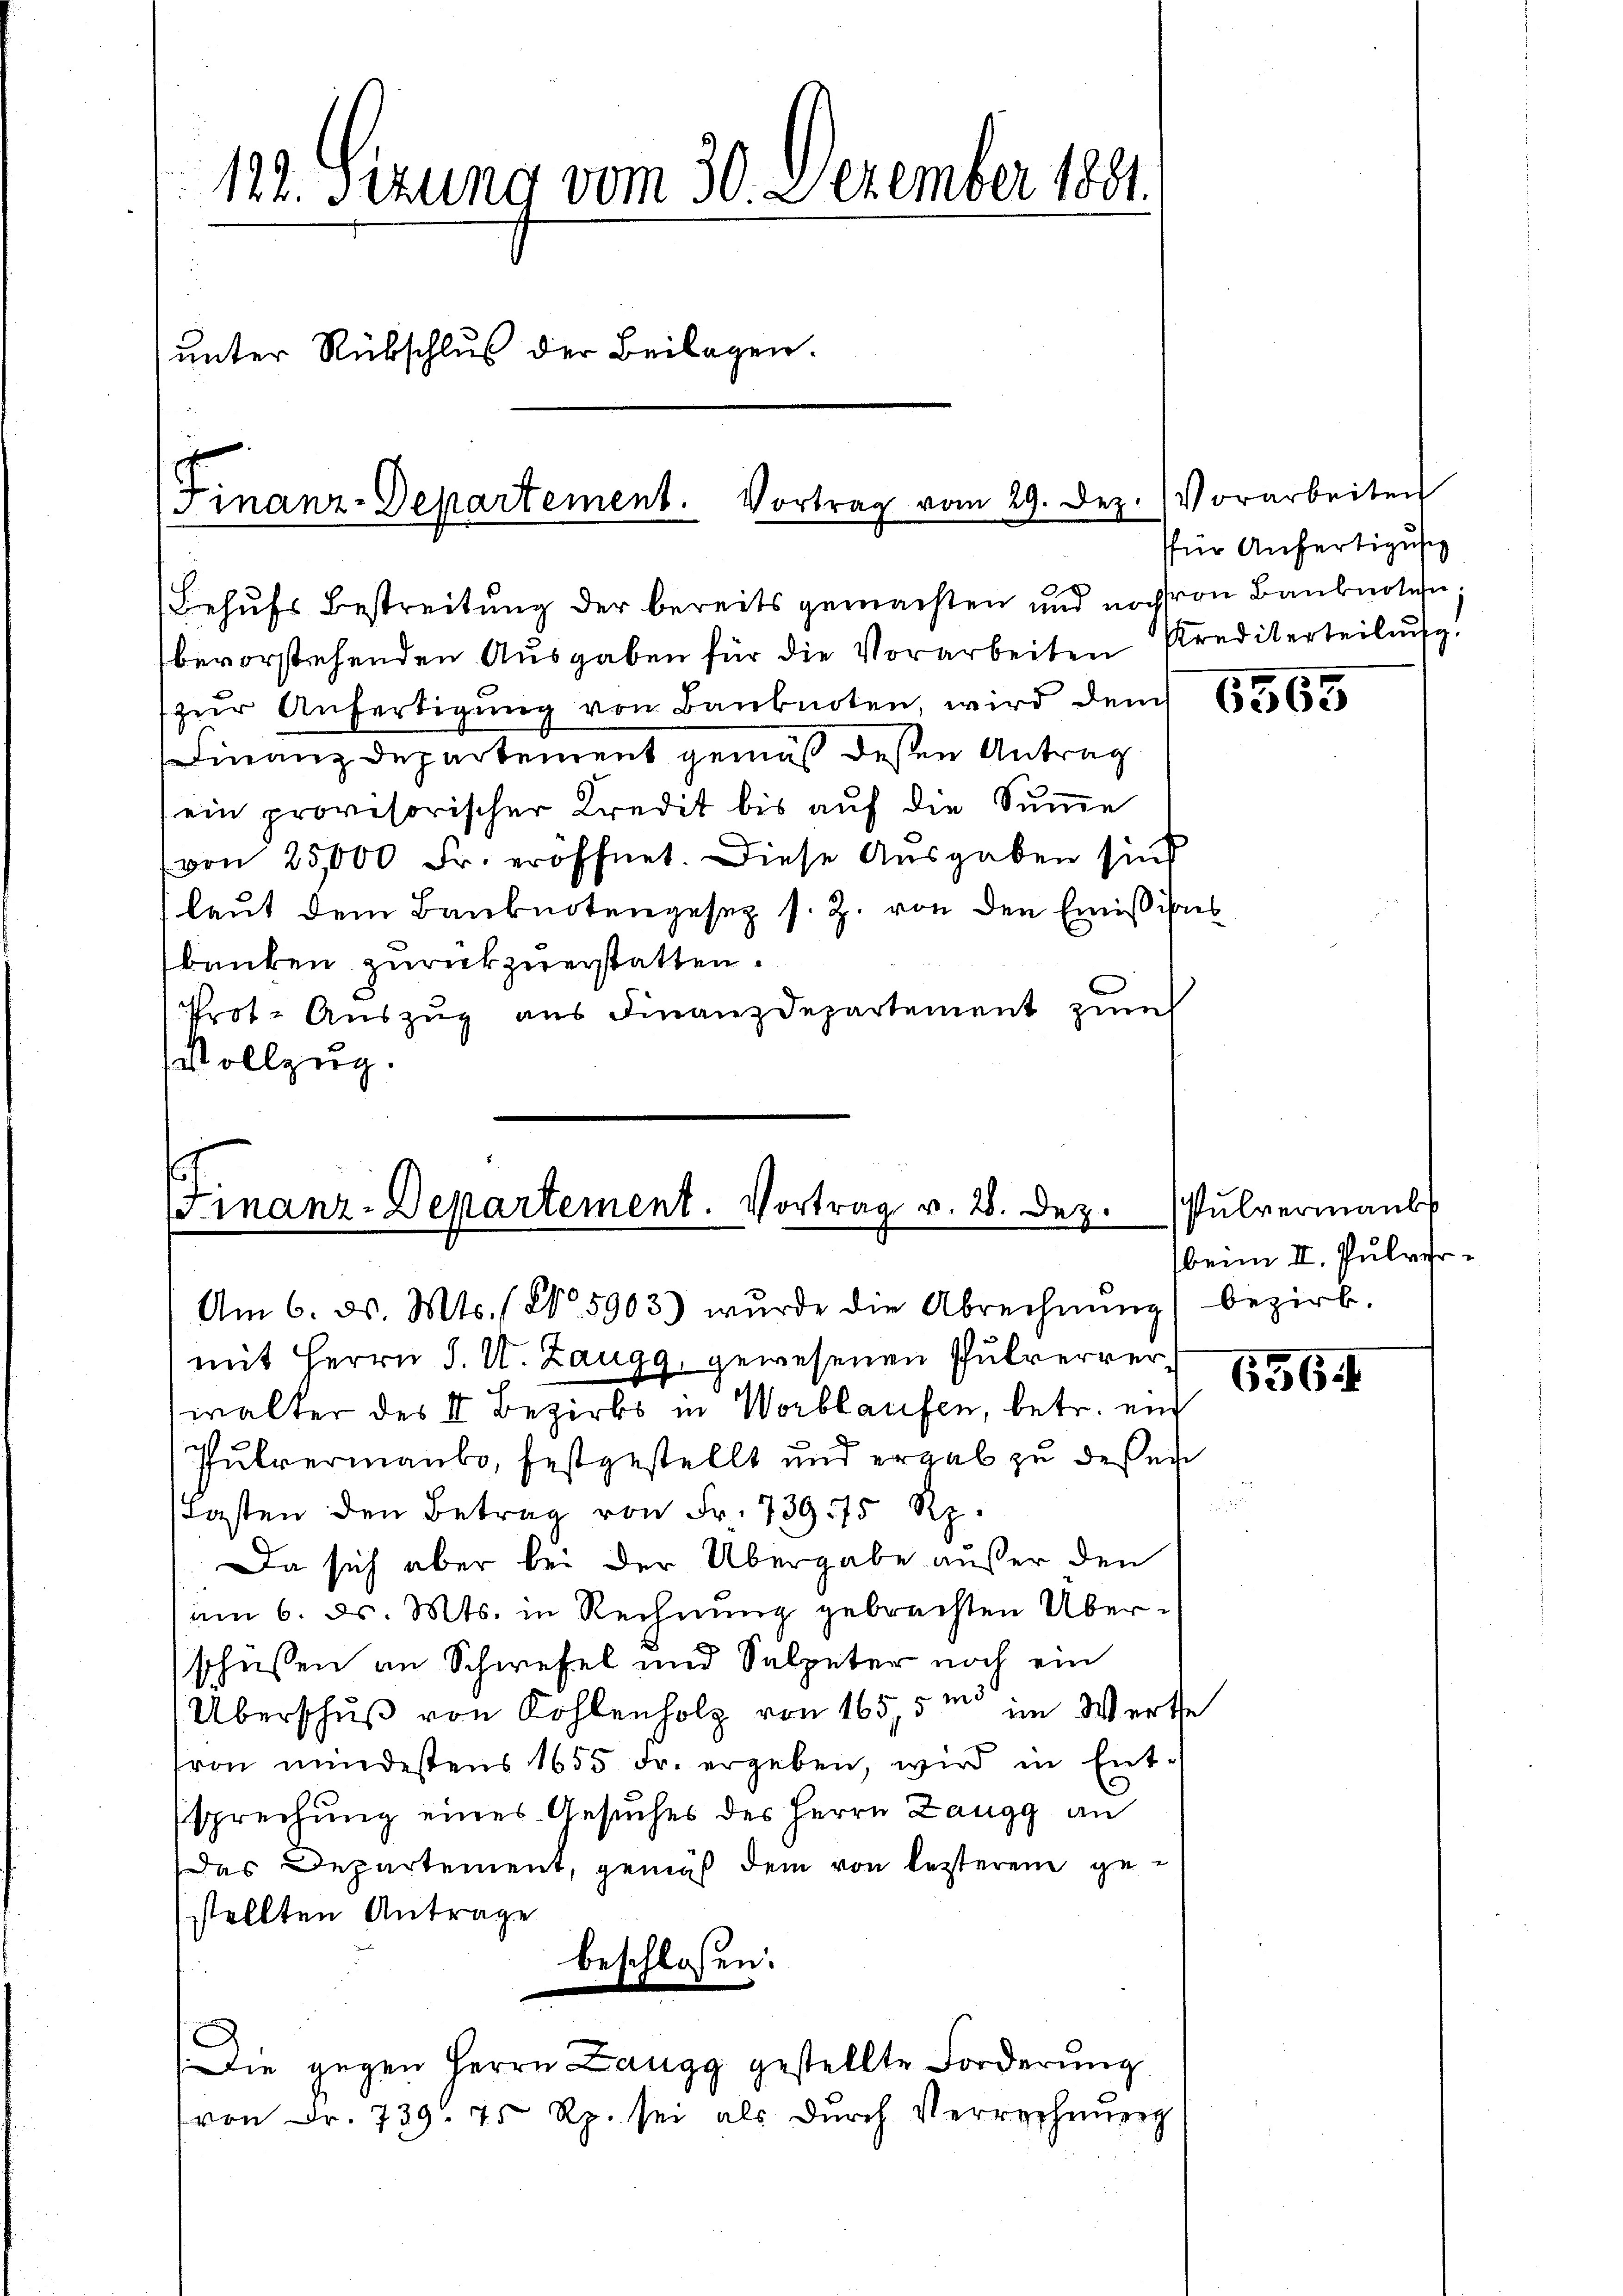
122. Sizung vom 30. Dezember 1881.
unter Rübschluß der Beilagen.

Finanz-Departement. Vortrag vom 29. Dez. Vorarbeiten

Behufs Bestreitung der bereits gemachten und noch von Banknoten
bevorstehenden Ausgaben für die Vorarbeiten Krediterteilung,
zŭr Anfertigŭng von Banknoten, wird dem 62635
Finanzdepartement gemäß deßen Antrag
ein provisorischer Kredit bis auf die Summe
(von 25,000 Fr. eröffnet. Diese Ausgaben sind
laut dem Banknotengesez s. Z. von den Emissions
banken zurückzuerstatten.
Prot. Aŭszŭg aŭs Finanzdepartement zum
Vollzug.

Finanz-Departement. Vortrag v. 28. Dez.
Am 6. d. Mts. ( No. 5903) wurde die Abrechnung bezirk,

mit Herrn J. U. Zaugg, gewesenen Pulververwalter des II. Bezirks in Worblaufen, betr. ein
Pulvermanbo, festgestellt und ergab zu deßen
Lasten den Betrag von Fr. 739 75 Rp.
Da sich aber bei der Übergabe außer den
am 6. d. Mts. in Rechnung gebrachten Überschüssen an Schwefel und Salpeter noch ein
.
Überschŭβ von Kohlenholz von 165,5m im Werthe
sron mindestens 1655 Fr. ergeben, wird in Ent-
sprechung eines Gesuches des Herrn Zangg an
Das Departement, gemäß dem von lezterem gestellten Antrage
beschloßen:
(Die gegen Herrn Zangg gestellte Forderung
von Fr. 739. 75 Rp. sei als dŭrch Verrechnŭng

ffür Anfertigung

Pulvermann
beim II. Pulver¬

656